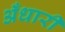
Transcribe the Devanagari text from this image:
अँधारी